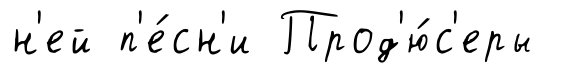
н'ей п'е́сн'и Прод'ю́с'еры